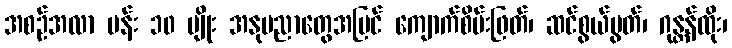
အစဉ်အလာ ပန်း ၁၀ မျိုး အနုပညာတွေအပြင် ကျောက်စိမ်းဖြတ်၊ ဆင်စွယ်ပွတ်၊ ဂုန္တန်ထိုး၊